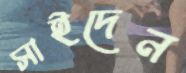
সাইদেন